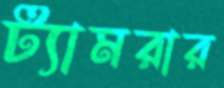
ট্যামরার